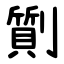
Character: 劕